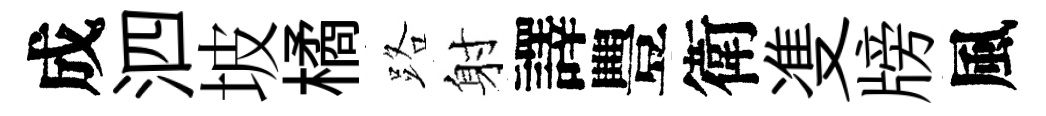
成泗坡橘路射譯豐衛㕠牓風